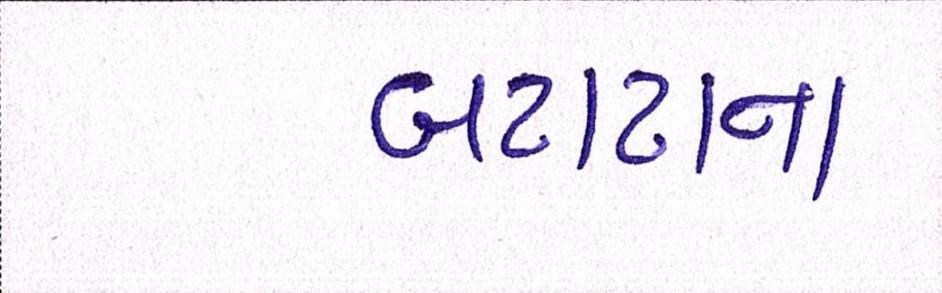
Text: બટાટાના